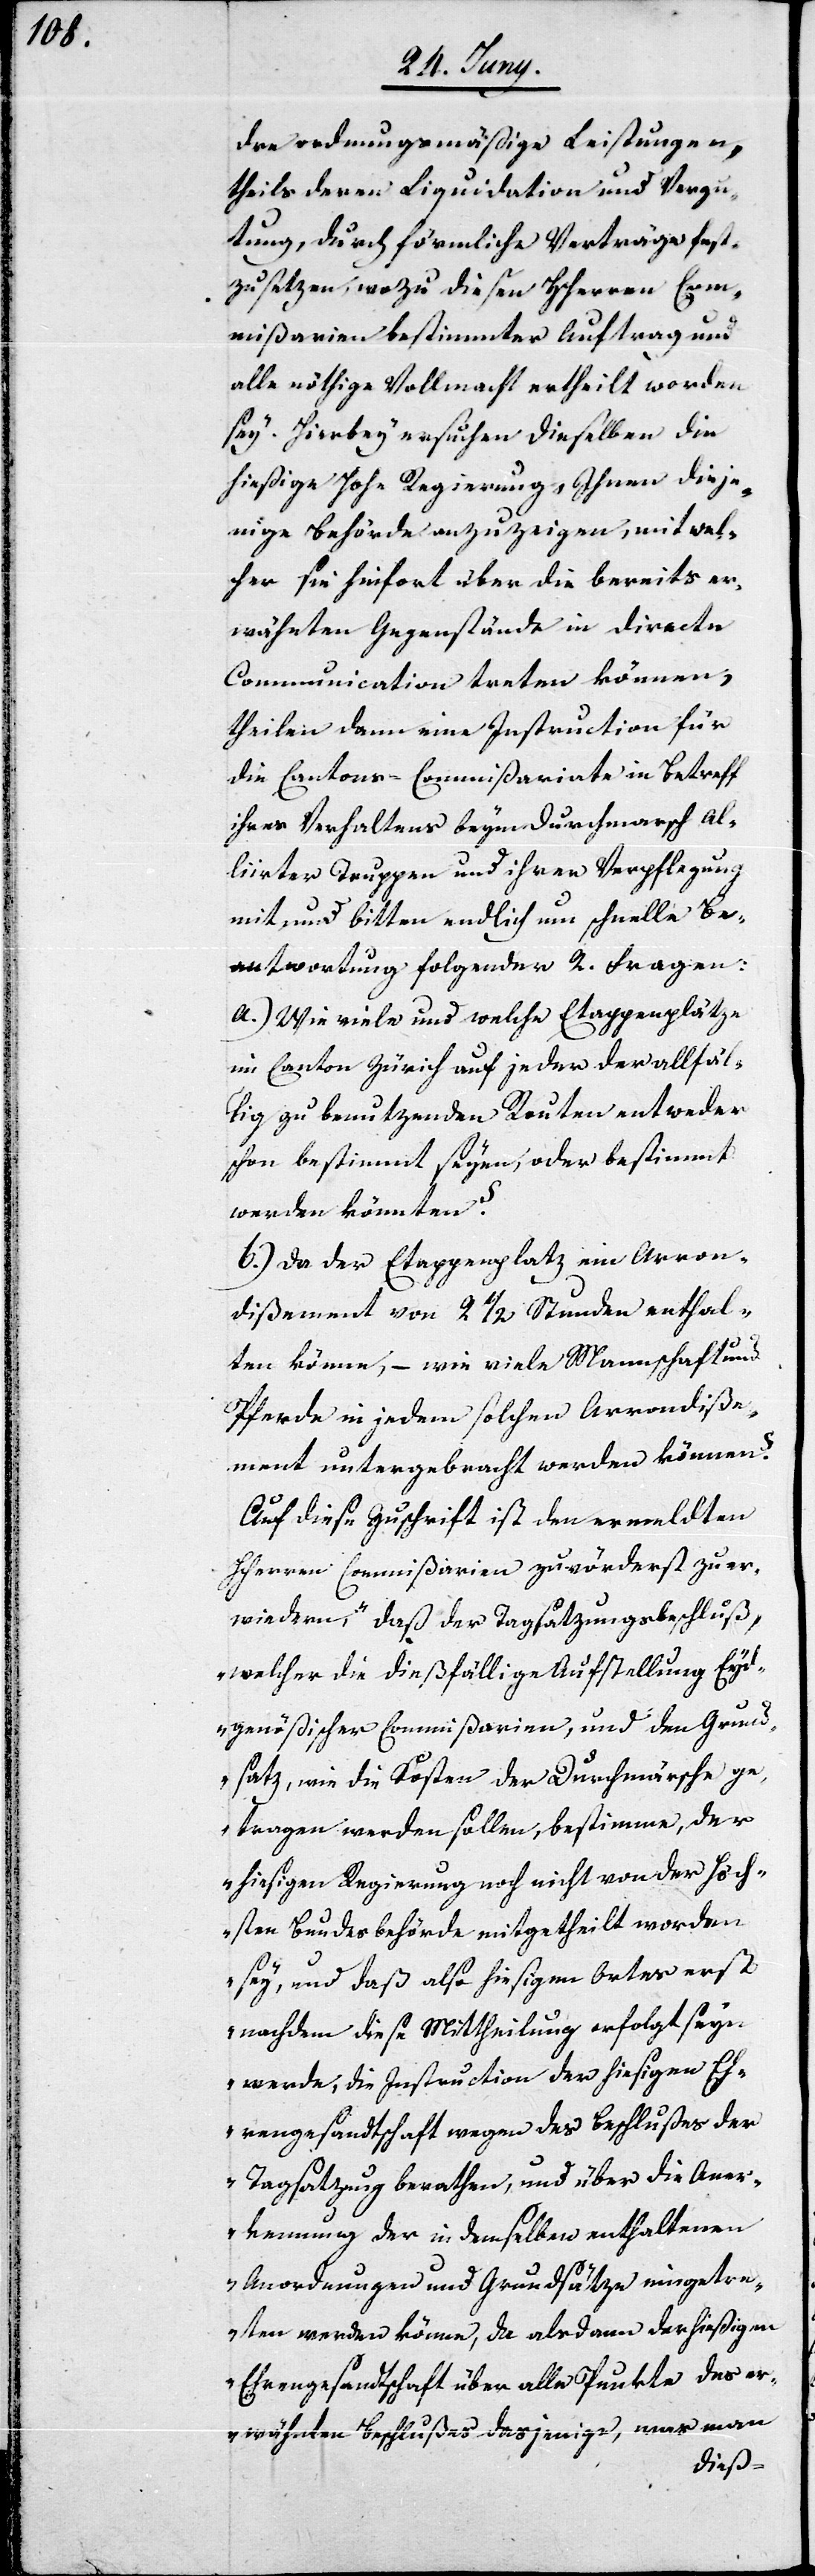
dre ordnungsmäßige Leistungen,
theils deren Liquidation und Vergü¬
tung, durch förmliche Verträge fest¬
zusetzen, wozu diesen HHerren Com¬
mißarien bestimmter Auftrag und
alle nöthige Vollmacht ertheilt worden
sey. Hierbey ersuchen dieselben die
hießige Hohe Regierung Ihnen dieje¬
nige Behörde anzuzeigen, mit wel¬
cher sie hinfort über die bereits er¬
wähnten Gegenstände in directe
Communication treten können,
teilen dann eine Instruction für
die Cantons-Commißariate in Betreff
ihres Verhaltens beym Durchmarsch Al¬
liirter Truppen und ihrer Verpflegung
mit und bitten endlich um schnelle Be¬
antwortung folgender zwei Fragen:
a.) Wie viele und welche Etappenplätze
im Canton Zürich auf jeder der allfäl¬
lig zu benutzenden Routen entweder
schon bestimmt seyen, oder bestimmt
werden könnten?
b.) Da der Etappenplatz ein Arron¬
dissement von 2 1/2 Stunden enthal¬
ten könne, – wie viele Mannschaft und
Pferde in jedem solchen Arrondisse¬
ment untergebracht werden können?
Auf diese Zuschrift ist den ermeldten
HHerren Commißarien zuförderst zu er¬
wiedern, daß „der Tagsatzungsbeschluß,
welcher die dießfällige Aufstellung Eyd¬
genößischer Commißarien, und den Grund¬
satz, wie die Kosten der Durchmärsche ge¬
tragen werden sollen, bestimme, der
hiesigen Regierung noch nicht von der höch¬
sten Bundesbehörde mitgetheilt worden
sey, und daß also hiesigen Ortes erst
nachdem diese Mittheilung erfolgt seyn
werde, die Instruction der hiesigen Eh¬
rengesandtschaft wegen des Beschlußes der
Tagsatzung berathen, und über die Aner¬
kennung der in demselben enthaltenen
Anordnungen und Grundsätze eingetre¬
ten werden könne, da als dann der hießigen
Ehrengesandtschaft über alle Punkte des er¬
wähnten Beschlußes dasjenige, was man